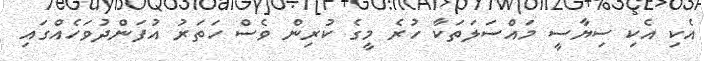
އެކި އެކި ސިޔާސީ މައްސަލަތަކާ ހުރެ މީގެ ކުރިން ވެސް ހަތަރު އުފަންދުވަހެއްގައި